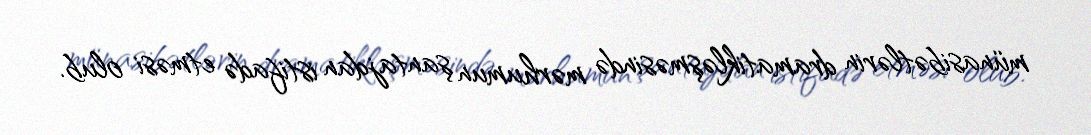
münasibətlərin dramatikləşməsində mərhumun şantajdan istifadə etməsi olub.